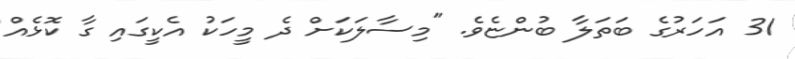
31 އަހަރުގެ ބަތަލާ ބުންޏެވެ. "މިސާލަކަށް ދެ މީހަކު އެކީގައި ގާ ކޮޅެއް